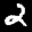
Label: 2